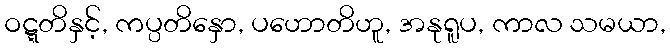
ဝဋ္ဋတိနှင့်, ကပ္ပတိနှော, ပဟောတိဟူ, အနုရူပ, ကာလ သမယာ,